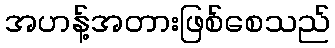
အဟန့်အတားဖြစ်စေသည်